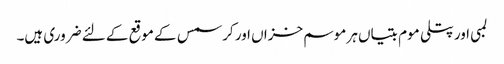
لمبی اور پتلی موم بتیاں ہر موسم خزاں اور کرسمس کے موقع کے لئے ضروری ہیں۔